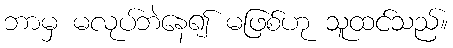
ဘာမှ မလုပ်ဘဲနေ၍ မဖြစ်ဟု သူထင်သည်။